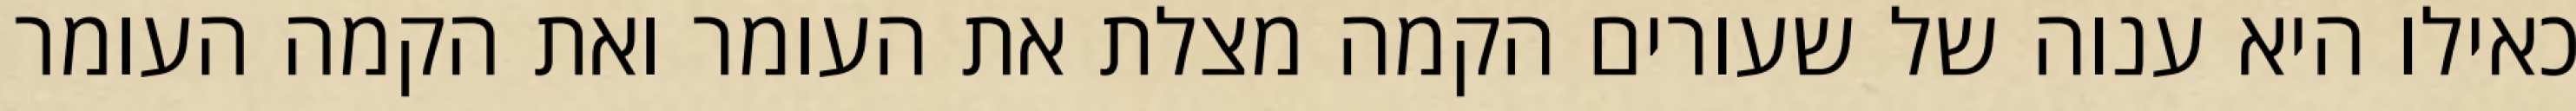
כאילו היא ענוה של שעורים הקמה מצלת את העומר ואת הקמה העומר